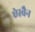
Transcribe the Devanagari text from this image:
ऐस्वैन